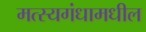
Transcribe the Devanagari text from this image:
मत्स्यगंधामधील